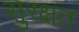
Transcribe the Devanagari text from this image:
सुरक्षत